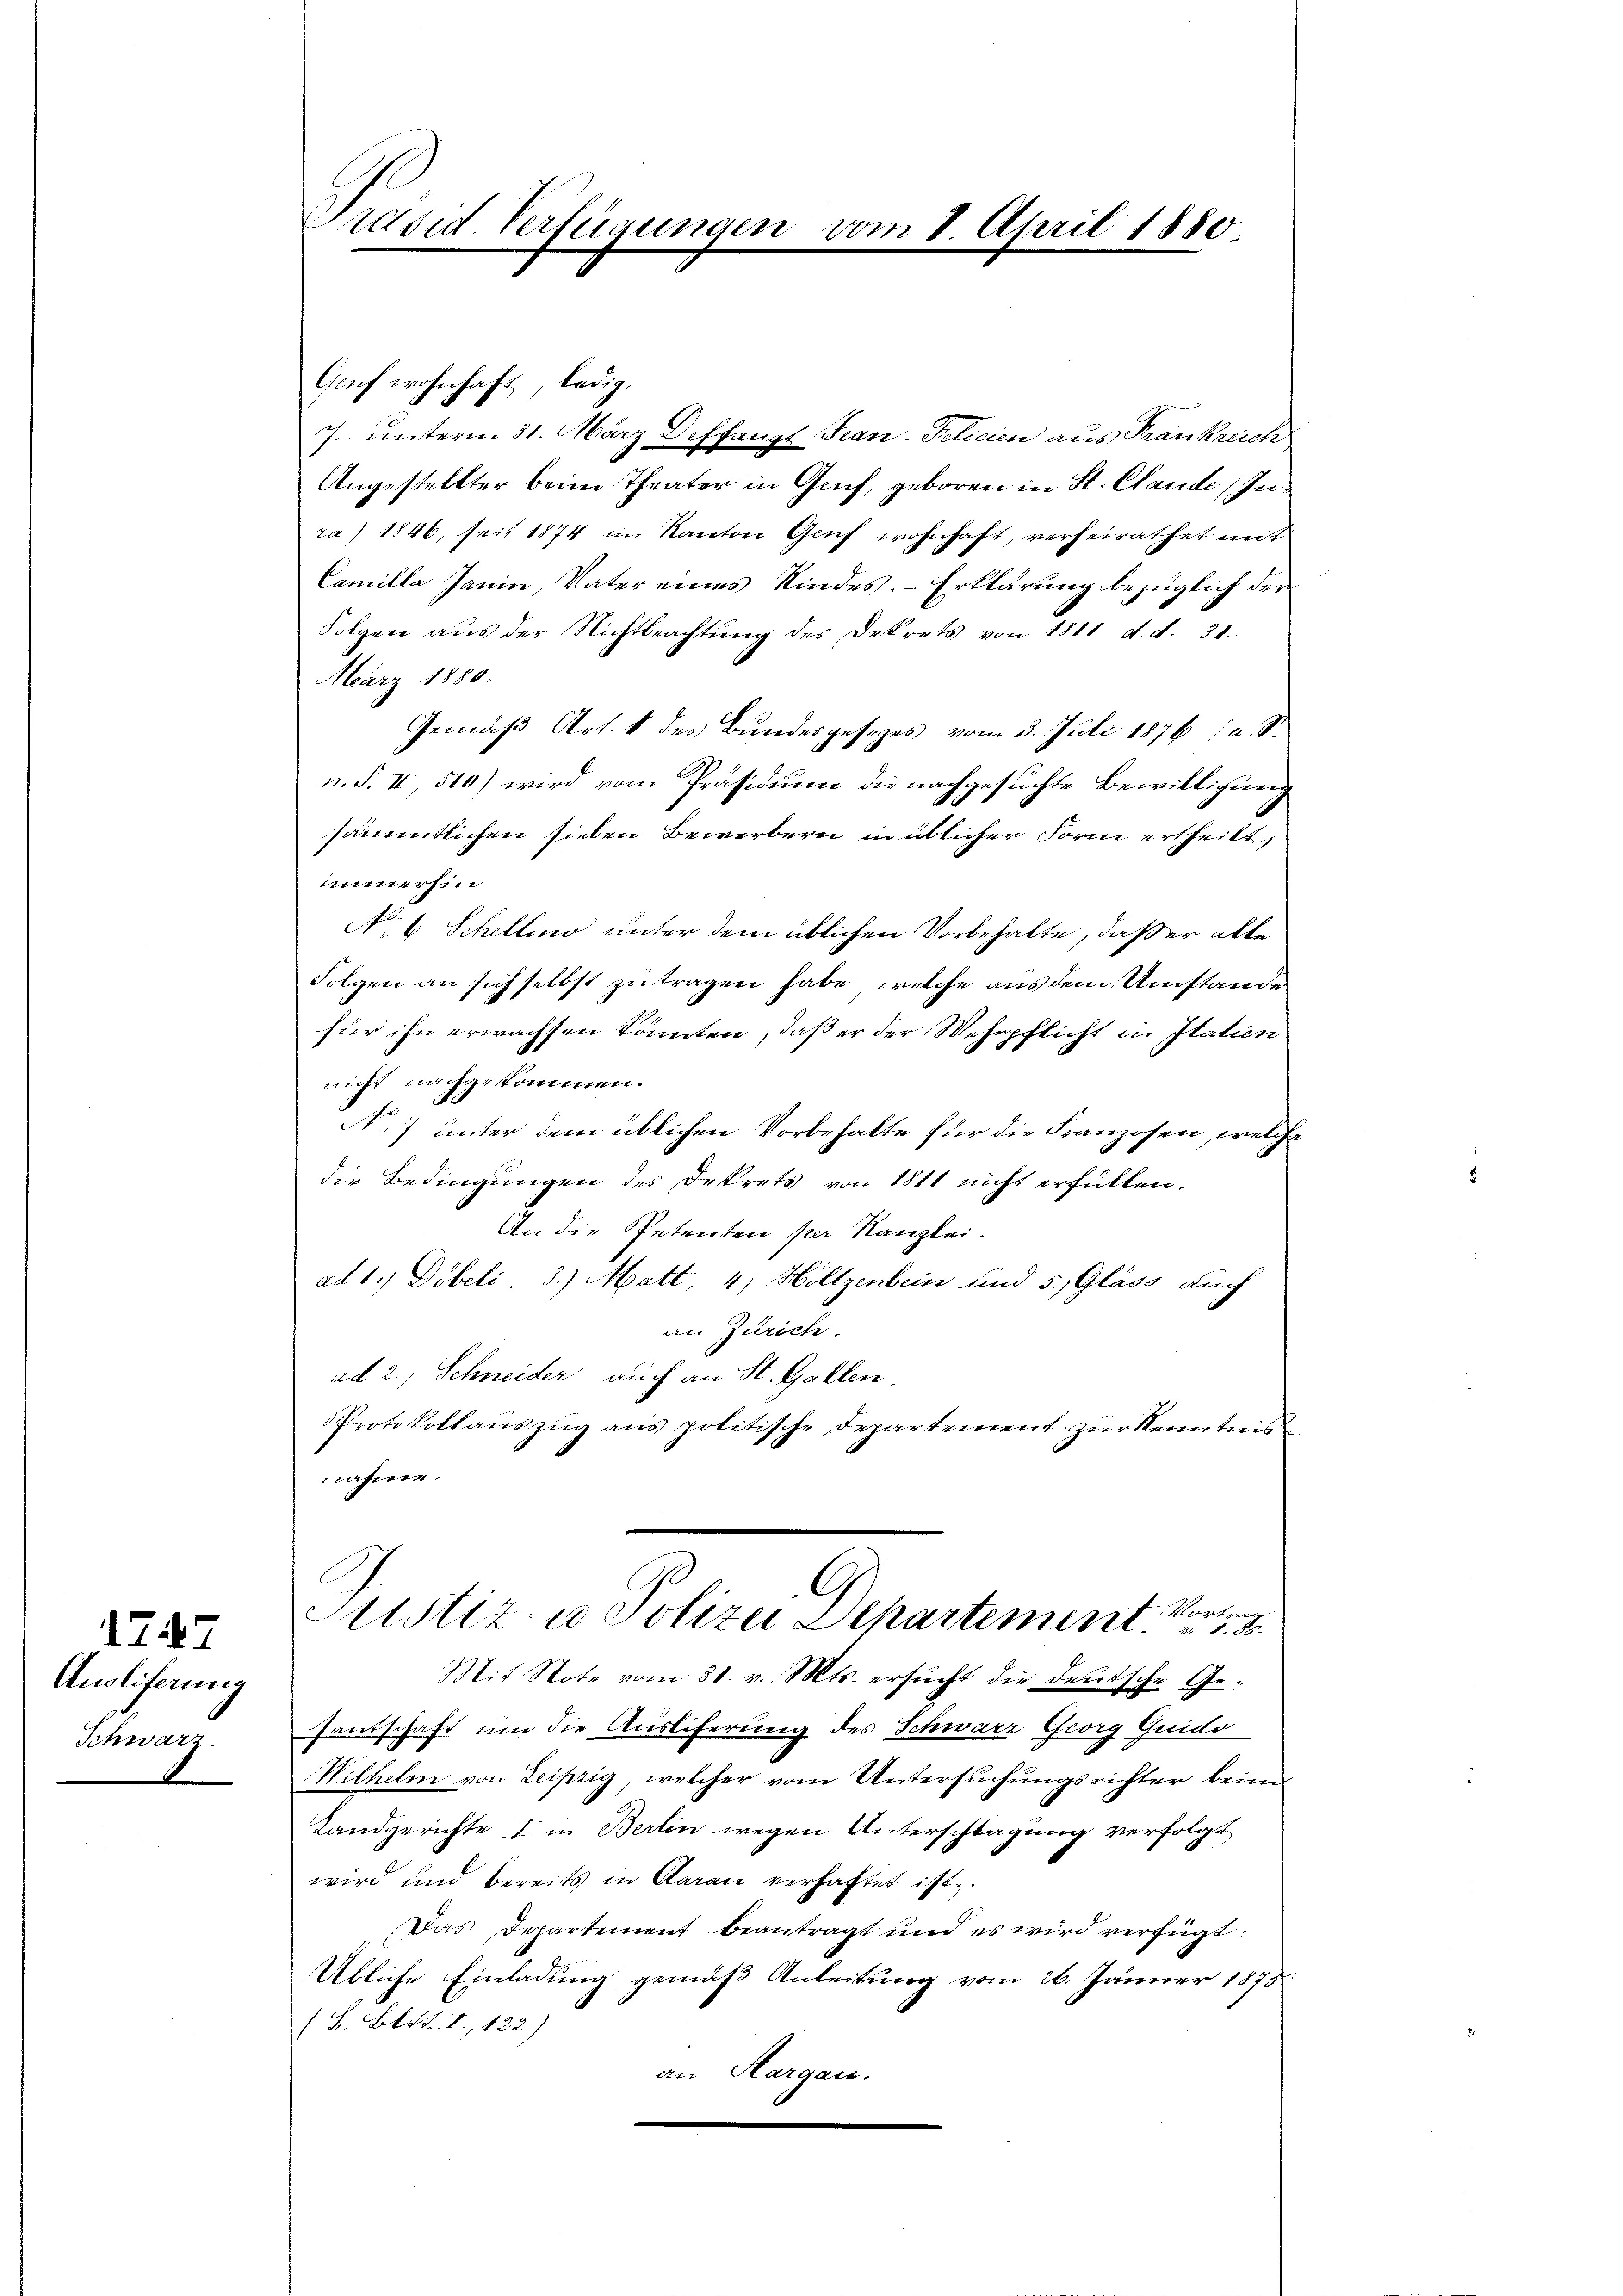
Ansliferung
Schwarz

1747

Präsid. Verfügungen vom 1. April 1880

7. unterm 31. März Deffangt Fran-Pelicien aus Frankreich
Angestellter beim Theater in Genf, geboren in St. Claude (Inra) 1846, seit 1874 in Kanton Grief wohnhaft, verheirathet mit
Camilla Janin, Vater eines Kindes. Erklärung bezüglich der
Folgen aŭs der Nichtbeachtŭng des Dekrets von 1811 d. d. 31.
März 1880.
Gemäß Art. 1 des Bundesgesezes vom 3. Juli 1876 u. S.
n. F. II, 510) wird vom Präsidium die nachgesuchte Bewilligung
sämmtlichen sieben Bewerbern in üblicher Form ertheilt
immerhin
No. 6 Schellino unter dem üblichen Vorbehalte, daß er alle
Folgen an sich selbst zu tragen habe, welche aus dem Umstande
für ihn erwachsen könnten, daß er der Wehrpflicht in Italien
nicht nachgekommen.
e
.) unter dem üblichen Vorbehalte für die Franzosen, welche
die Bedingungen des Dekrets von 1811 nicht erfüllen.
An die Petenten per Kanzlei.
ad 1. Döbeli 3.) Matt 4.) Holtzenbein und 5., Glass auch
an Zürich.
ad 2., Schneider auch an St. Gallen
Protokollauszug aus politische Departement zur Kenntnis
nahme.
G
gitzer
Justiz- u Polizei Separtement
Mit Note vom 31. v. Mts. ersŭcht die Deutsche Ge-
fantschaft um die Ausliferung des Schwarz Georg Guido
Wilhelm von Leipzig, welcher vom Untersuchungsrichter beim
Landgerichte I in Berlin wegen Unterschlagung verfolgt
wird und bereits in Aarau verhaftet ist.
Das Departement beantragt und es wird verfügt:
Übliche Einladung gemäß Anleitung vom 26. Jänner 1875
(L. Bett. I, 122)
an Hargau.

Gruf wohnhaft ledig.